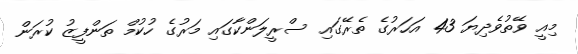
މިއީ ވޭތުވެދިޔަ 43 އަހަރުގެ ތެރޭގައި ސްރީލަންކާގައި މަރުގެ ހުކުމް ތަންފީޒު ކުރަން